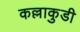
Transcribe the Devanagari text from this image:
कल्लाकुडी